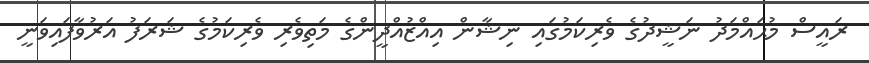
ރައީސް މުޙައްމަދު ނަޝީދުގެ ވެރިކަމުގައި ނިޝާން އިއްޒުއްދީންގެ މަތިވެރި ވެރިކަމުގެ ޝަރަފު އަރުވާފައިވަނީ